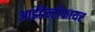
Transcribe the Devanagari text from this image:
आईडेन्टीफायर